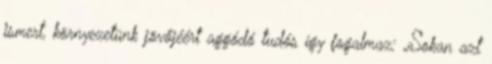
ismert, környezetünk jövőjéért aggódó tudós így fogalmaz: „Sokan azt